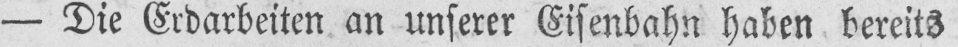
- Die Erdarbeiten an unserer Eisenbahn haben bereits